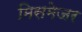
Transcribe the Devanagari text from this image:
मिसमेजर